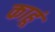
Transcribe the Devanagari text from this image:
काहूं